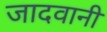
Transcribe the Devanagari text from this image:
जादवानी